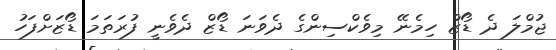
ޖުމްލަ ދެ ޑޯޒް ހިމެނޭ މިވެކްސިންގެ ދެވަނަ ޑޯޒް ދެވެނީ ފުރަތަމަ ޑޯޒަށްފަހު